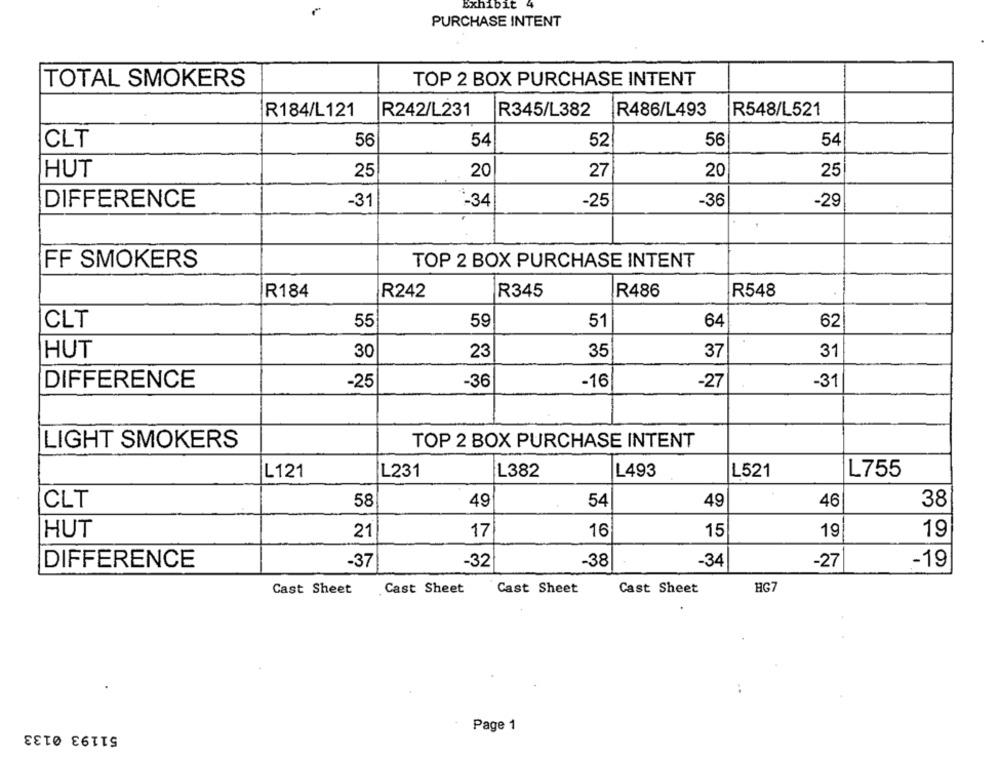
Exhibit
PURCHASE INTENT
TOTAL SMOKERS
TOP 2 BOX PURCHASE INTENT
R184/L121
R242/L231
R345/L382
R486/L493
R548/L521
CLT
56
54
52
56
54
HUT
25
20
27
20
25
DIFFERENCE
-31
-34
-25
-36
-29
FF SMOKERS
TOP 2 BOX PURCHASE INTENT
R184
R242
R345
R486
R548
CLT
55
59
51
64
62
HUT
30
23
35
37
31
DIFFERENCE
-25
-36
-16
-27
-31
LIGHT SMOKERS
TOP 2 BOX PURCHASE INTENT
L121
L231
L382
L493
L521
L755
46
CLT
58
49
54
49
38
HUT
21
17
16
15
19
19
-19
DIFFERENCE
-37
-32
-38
-34
-27
Cast Sheet
Cast Sheet
Cast Sheet
Cast Sheet
HG
..
51193 0133
Page 1